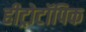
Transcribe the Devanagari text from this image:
हीट्रोटॉपिक